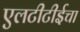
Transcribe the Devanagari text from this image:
एलटीटीईचा